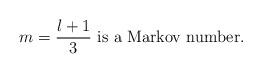
LaTeX: \begin{align*} m=\frac{l+1}{3} \ \mbox{is a Markov number.}\end{align*}